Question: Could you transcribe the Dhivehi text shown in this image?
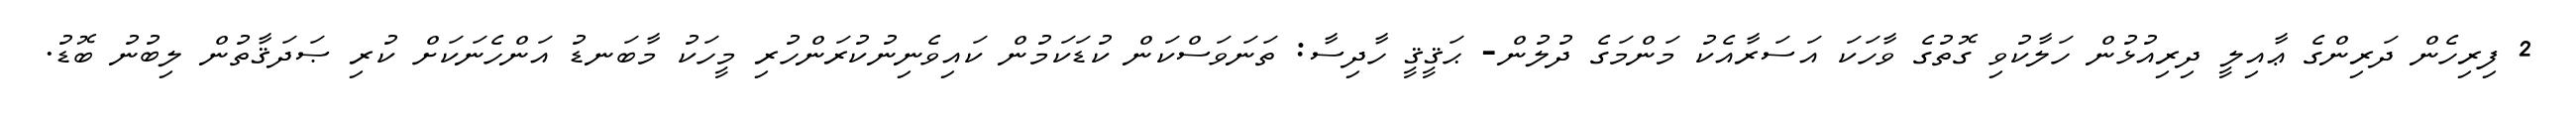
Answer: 2 ފިރިހެން ދަރިންގެ ޢާއިލީ ދިރިއުޅުން ހަލާކުވި ގޮތުގެ ވާހަކަ އަސަރާއެކު މަންމަގެ ދުލުން- ޙަޤީޤީ ހާދިސާ: ތަނަވަސްކަން ކުޑަކަމުން ކައިވެނިނުކުރަންހުރި މީހަކު މާބަނޑު އަންހެނަކަށް ކުރި ޞަދަޤާތުން ލިބުނު ބޮޑު.